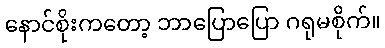
နောင်စိုးကတော့ ဘာပြောပြော ဂရုမစိုက်။